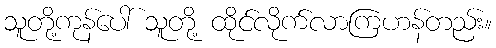
သူတို့ကုန်ပေါ် သူတို့ ထိုင်လိုက်လာကြဟန်တည်း။